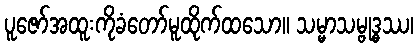
ပူဇော်အထူးကိုခံတော်မူထိုက်ထသော။ သမ္မာသမ္ဗုဒ္ဓဿ၊